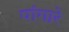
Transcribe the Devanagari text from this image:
पांगारे